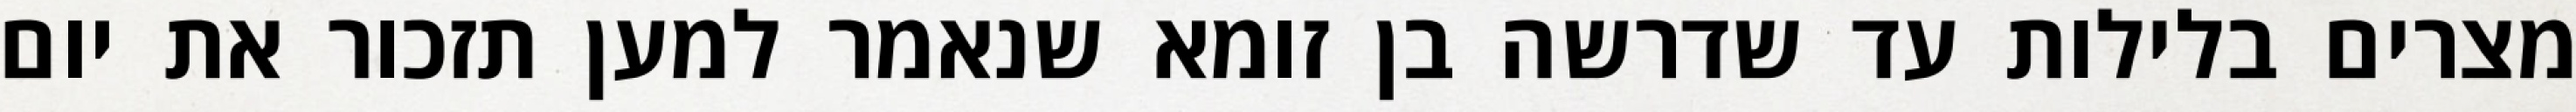
מצרים בלילות עד שדרשה בן זומא שנאמר למען תזכור את יום